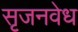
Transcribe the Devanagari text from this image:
सृजनवेध